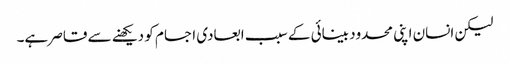
لیکن انسان اپنی محدود بینائی کے سبب ابعادی اجسام کو دیکھنے سے قاصر ہے۔